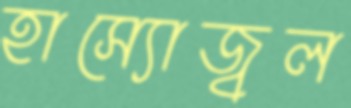
হাস্যোজ্বল